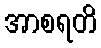
အာစရတိ